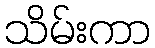
သိမ်းကာ